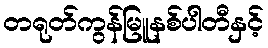
တရုတ်ကွန်မြူနစ်ပါတီနှင့်